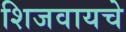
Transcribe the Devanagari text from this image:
शिजवायचे